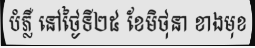
បំភ្លឺ នៅថ្ងៃទី២៥ ខែមិថុនា ខាងមុខ